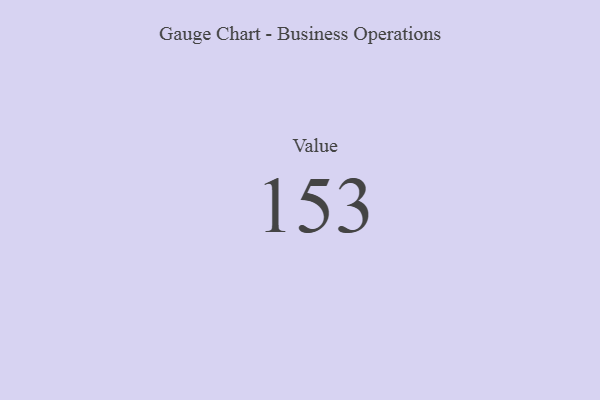
{"axis": {"x": "Metric", "y": "Value"}, "legend": [""], "data": [{"x": "Value", "y": 153, "type": ""}]}